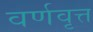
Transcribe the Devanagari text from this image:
वर्णवृत्त